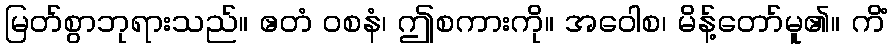
မြတ်စွာဘုရားသည်။ ဧတံ ဝစနံ၊ ဤစကားကို။ အဝေါစ၊ မိန့်တော်မူ၏။ ကိံ